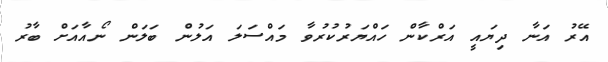
އޭރު އަނާ ދިޔައީ އަރްކާން ހައްޔަރުކުރުވާ މައްސަލަ އަލުން ބަލަން ނޯއާއަށް ބާރު